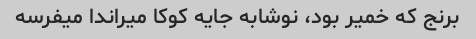
برنج که خمیر بود، نوشابه جایه کوکا میراندا میفرسه